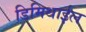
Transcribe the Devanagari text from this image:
डिमिथाईल